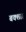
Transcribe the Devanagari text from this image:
बक्शा।